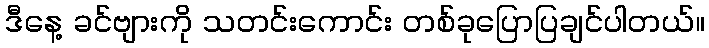
ဒီနေ့ ခင်ဗျားကို သတင်းကောင်း တစ်ခုပြောပြချင်ပါတယ်။